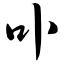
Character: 卟